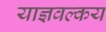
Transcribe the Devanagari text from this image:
याज्ञवल्‍कय